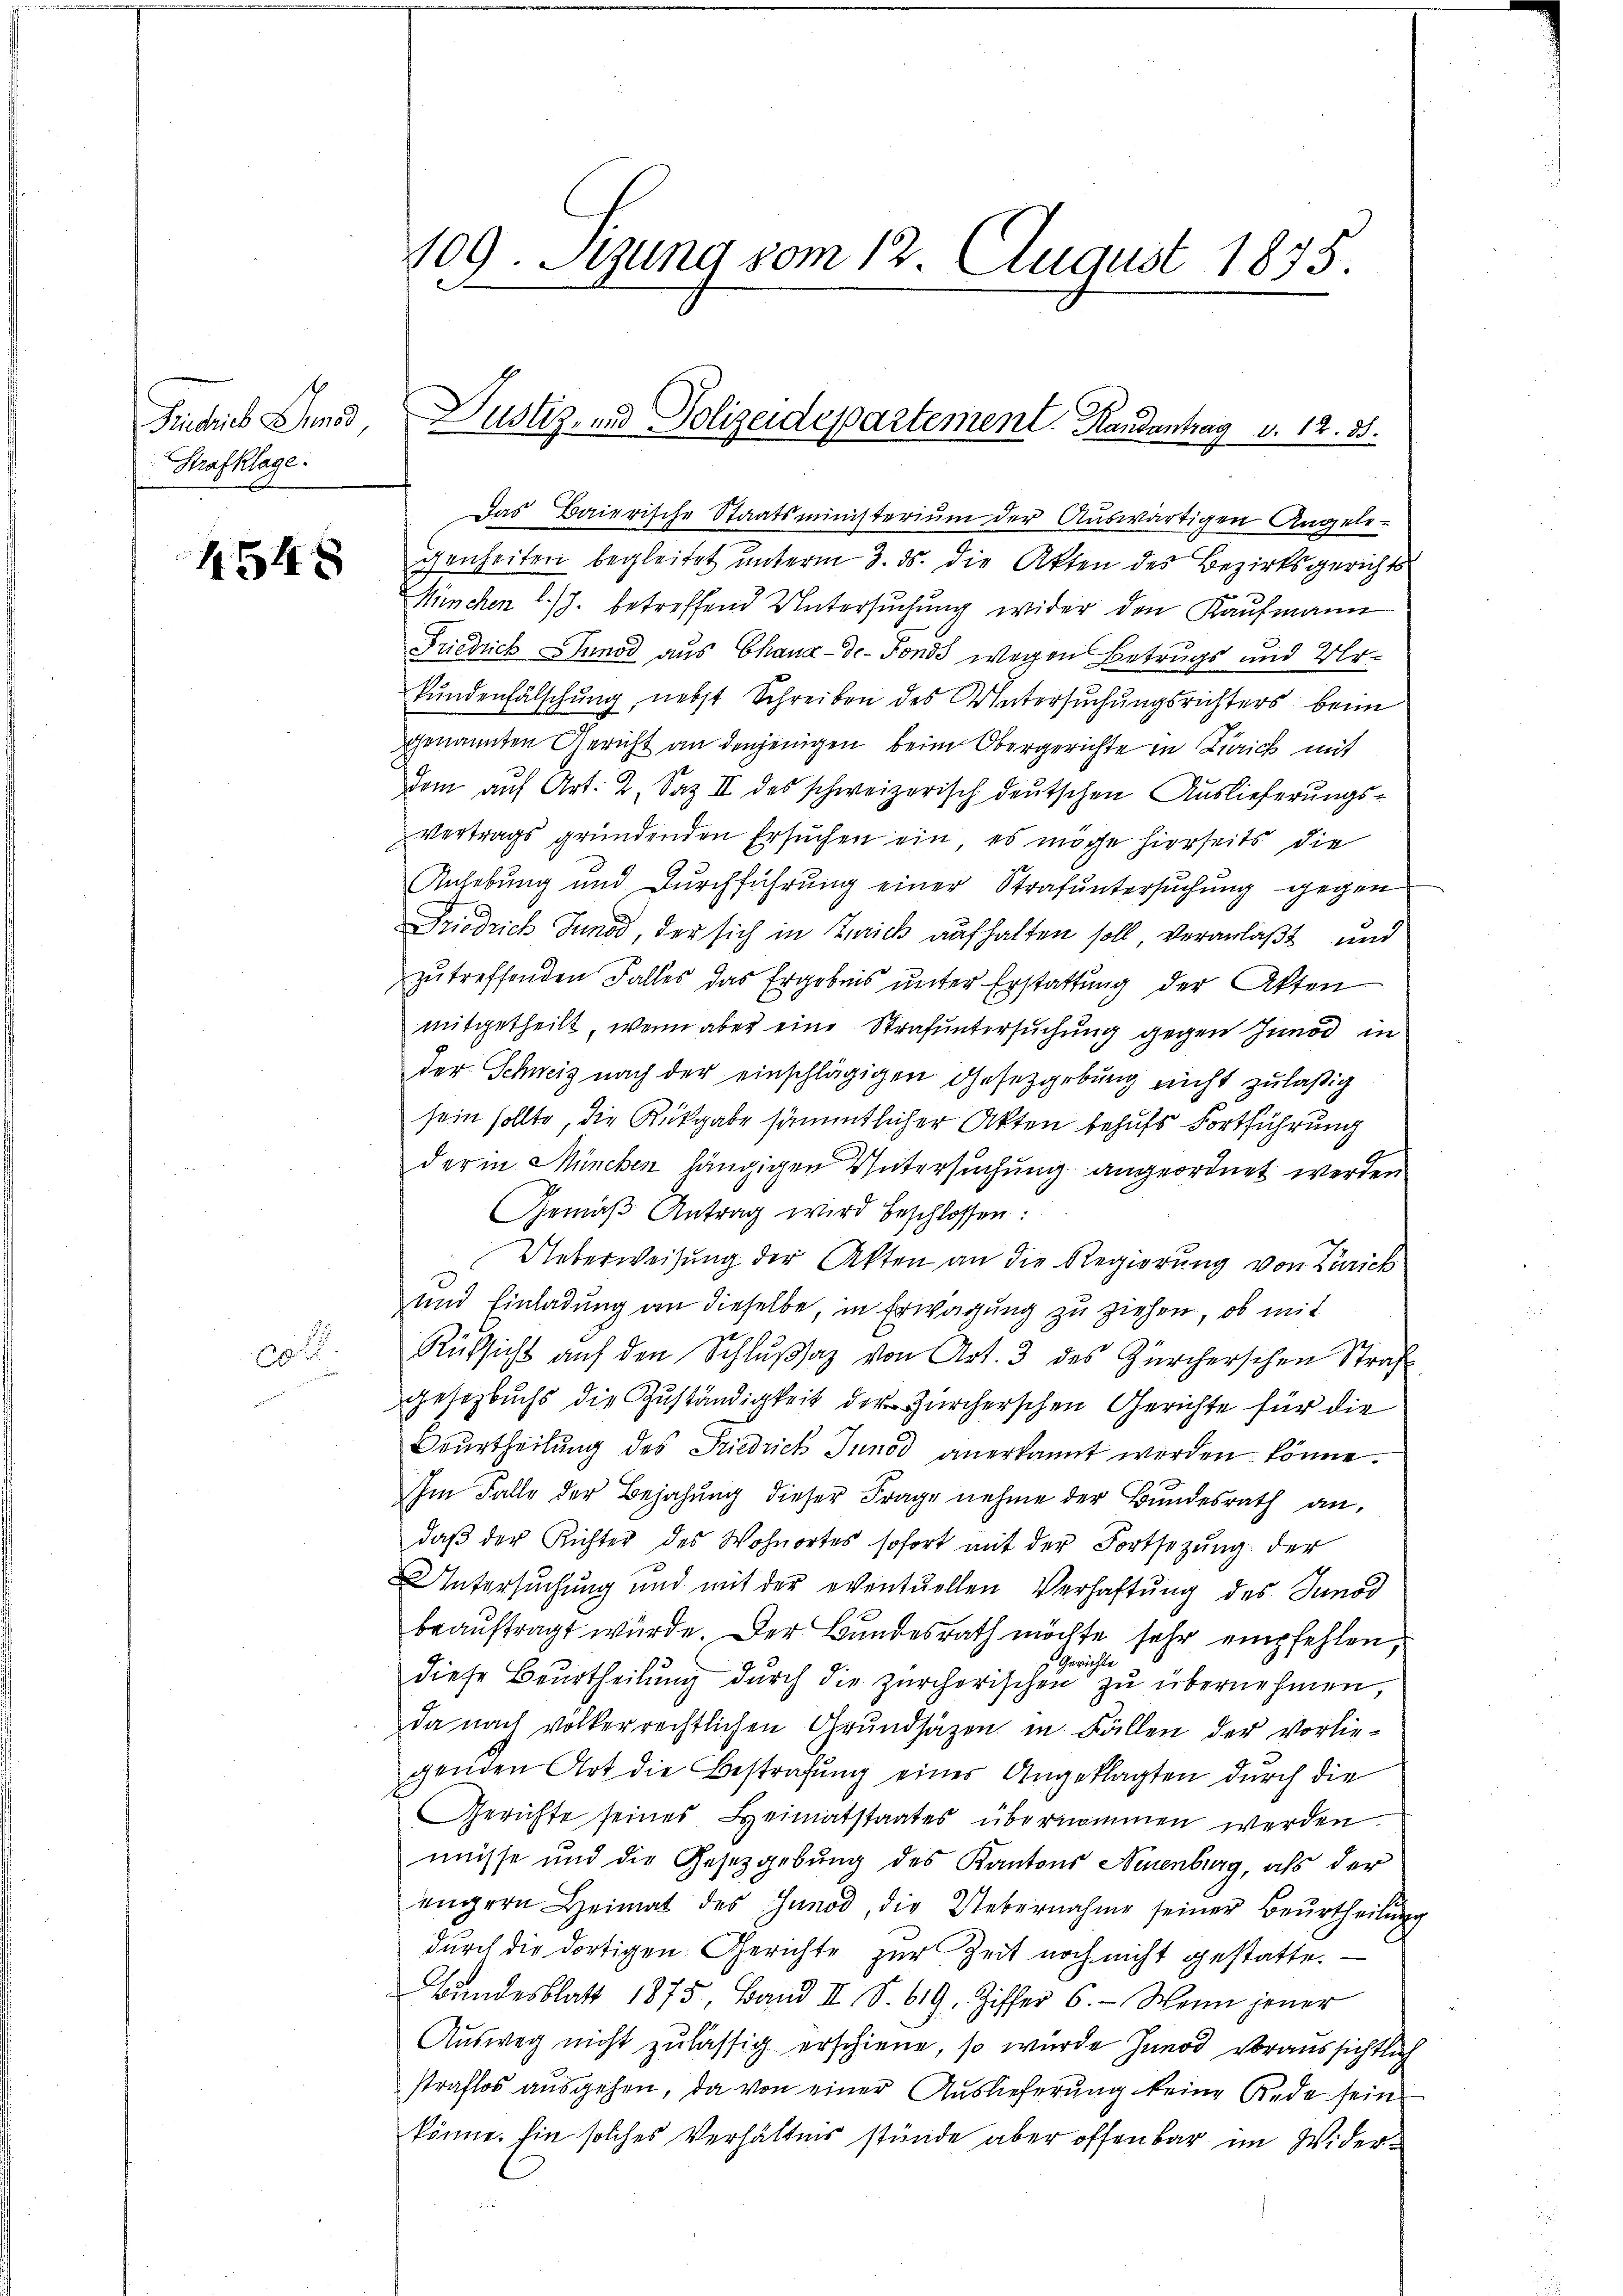
Frudios Pod,
Strafklage

4548

20 f

109. Setzung vom 12. August 1875.

Das Baierische Staatsministerium der Auswärtigen Angele-
genheiten begleitet unterm 3. ds. die Akten des Bezirksgerichts
Minchen l. J. betreffend Untersuchung wider den Kaufmann
Friedrich Sunod aus Chaux-de-Fonds wegen Betrugs und Urkundenfälschung, nebst Schreiben des Untersuchungsrichters beim
genannten Gericht an denjenigen beim Obergerichte in Zürich mit
dom auf Art. 2. Saz II des schweizerisch deutschen Auslieferungs¬
Vertrags gründenden Ersuchen ein, es möge hierseits die
Anhebung und Durchführung einer Strafuntersuchung gegen
Friedrich Jund, der sich in Trick aufhalten soll veranlaßt und
zu treffenden Falles das Ergebnis unter Erstattung der Akten
mitgetheilt, wenn aber eine Strafuntersuchung gegen Innod in
der Schweiz nach der einschlägigen Gesetzgebung nicht zuläßig
sein sollte, die Rückgabe sämmtlicher Akten behufs Fortführung
der in München hängigen Untersuchung angeordnet werden
Gemäß Antrag wird beschlossen:
Ueberweisung der Akten an die Regierung von Zürich
und Einladung an dieselbe, in Erwägung zu ziehen, ob mit
Rüksicht auf den Schlußsaz von Art. 3 des Zürcherschen Straf
gesetzbuchs die Zuständigkeit der Zürcherschen Gerichte für die
Beurtheilung des Friedrich Junod anerkannt werden könne.
Im Falle der Bejahung dieser Frage nehme der Bundesrath an,
daβ der Richter des Wohnortes sofort mit der Fortsetzŭng der
Untersuchung und mit der eventuellen Verhaftung des Junod
beauftragt wurde. Der Bundesrath möchte sehr empfehlen,
Gerichte
diese Beurtheilung durch die zürcherischen zu übernehmen,
da nach völkerrechtlichen Grundsätzen in Fällen der vorlie-
genden Art die Bestrafung eines Angeklagten durch die
Gerichte seines Heimatstaates übernommen werden.
müsse und die Gesetzgebung des Kantons Neuenburg, als der
engern Heimat des Hŭnod, die Uebernahme seiner Beurtheilŭng
durch die dortigen Gerichte zur Zeit noch nicht gestatte.
BBŭndesblatt 1875, Band II S. 619, Ziffer 6. Wenn jener
Ausweg nicht zulässig erschiene, so wurde Junod voraussichtlich
straflos ausgehen, da von einer Auslieferung keine Rede sein
könne. Ein solches Verhältnis stünde aber offenbar im Wider¬

Justiz- und Polizeidepartement. Handantrag v. 12. 35.